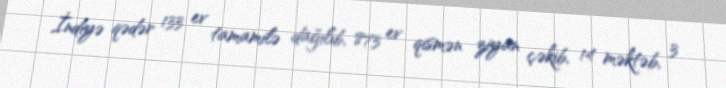
İndiyə qədər 133 ev tamamilə dağılıb, 873 ev qismən ziyan çəkib, 14 məktəb, 3